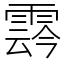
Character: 𩃬